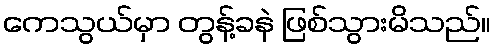
ကေသွယ်မှာ တွန့်ခနဲ ဖြစ်သွားမိသည်။